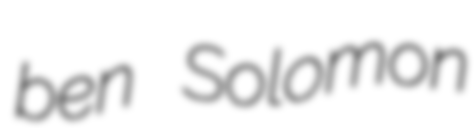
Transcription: ben Solomon